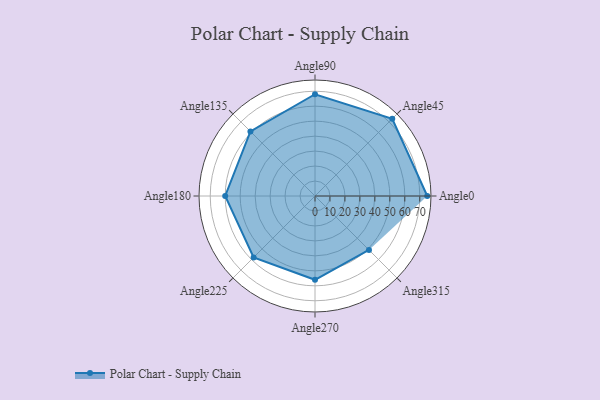
{"axis": {"x": "Angle", "y": "Radius"}, "legend": [""], "data": [{"x": "Angle0", "y": 75.0, "type": ""}, {"x": "Angle45", "y": 73.0, "type": ""}, {"x": "Angle90", "y": 68.0, "type": ""}, {"x": "Angle135", "y": 61.0, "type": ""}, {"x": "Angle180", "y": 60.0, "type": ""}, {"x": "Angle225", "y": 58.0, "type": ""}, {"x": "Angle270", "y": 56.0, "type": ""}, {"x": "Angle315", "y": 51.0, "type": ""}]}